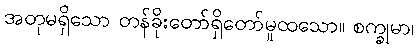
အတုမရှိသော တန်ခိုးတော်ရှိတော်မူထသော။ စက္ခုမာ၊